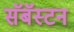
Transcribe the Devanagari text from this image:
सॅबॅस्टन